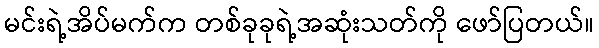
မင်းရဲ့အိပ်မက်က တစ်ခုခုရဲ့အဆုံးသတ်ကို ဖော်ပြတယ်။